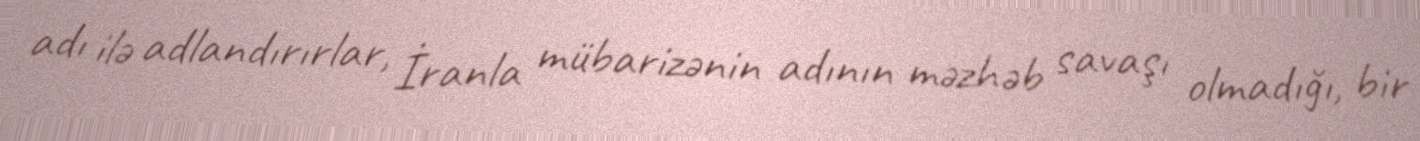
adı ilə adlandırırlar, İranla mübarizənin adının məzhəb savaşı olmadığı, bir